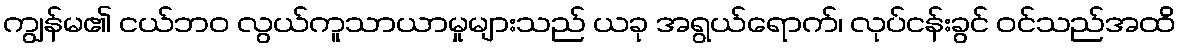
ကျွန်မ၏ ငယ်ဘဝ လွယ်ကူသာယာမှုများသည် ယခု အရွယ်ရောက်၊ လုပ်ငန်းခွင် ဝင်သည်အထိ